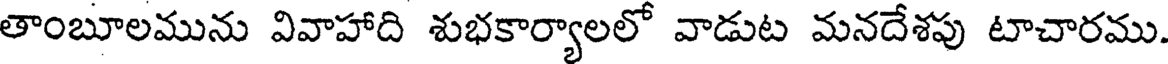
తాంబూలమును వివాహాది శుభకార్యాలలో వాడుట మనదేశపు టాచారము.